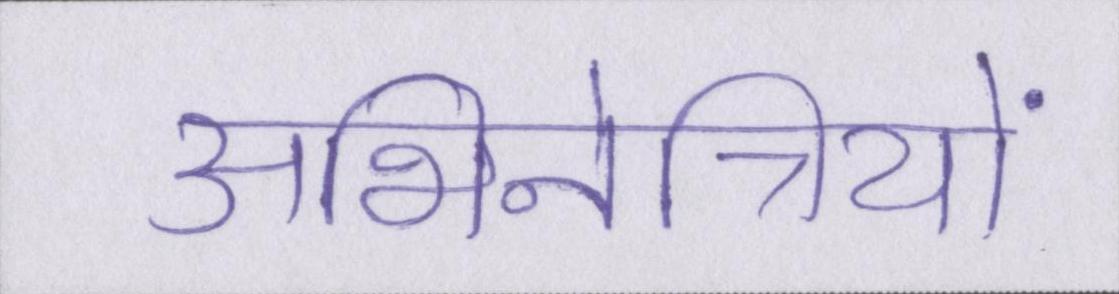
अभिनेत्रियों